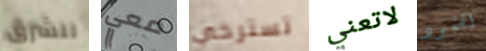
للشرق معي تسترخي لاتعني الحشود